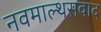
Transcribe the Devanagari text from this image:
नवमाल्थसवाद